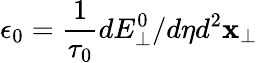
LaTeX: \epsilon_{0}=\frac{1}{\tau_{0}}dE_{\perp}^{0}/d\eta d^{2}\mathbf{x}_{\perp}